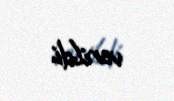
verildi.